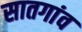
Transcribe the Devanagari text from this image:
सातगांव